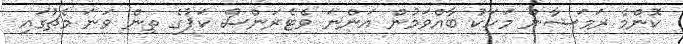
ކޮންމެ ރަމަޟާން މަހަކު ބާއްވަމުން އަންނަ ވެޓެރަންސް ކަޕުގެ ތިން ވަނަ މެޗުގައި